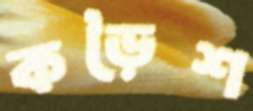
কড়ৈশ